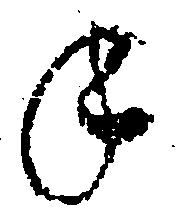
年